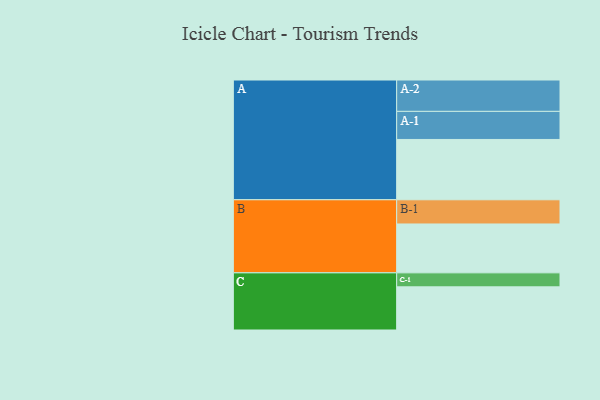
{"axis": {"x": "Segment", "y": "Value"}, "legend": ["", "A", "B", "C"], "data": [{"x": "A", "y": 496, "type": ""}, {"x": "B", "y": 402, "type": ""}, {"x": "C", "y": 355, "type": ""}, {"x": "A-1", "y": 231, "type": "A"}, {"x": "A-2", "y": 258, "type": "A"}, {"x": "B-1", "y": 199, "type": "B"}, {"x": "C-1", "y": 115, "type": "C"}]}